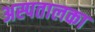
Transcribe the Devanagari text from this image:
अस्पतालका